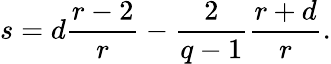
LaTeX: s=d\frac{r-2}{r}-\frac{2}{q-1}\frac{r+d}{r}.